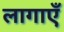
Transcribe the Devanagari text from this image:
लागाएँ